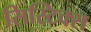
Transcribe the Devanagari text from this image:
सिस्टिक्स